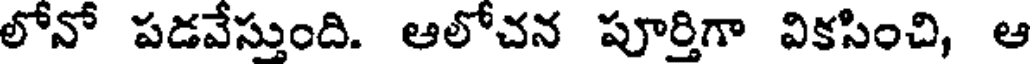
లోనో పడవేస్తుంది. ఆలోచన పూర్తిగా వికసించి, ఆ